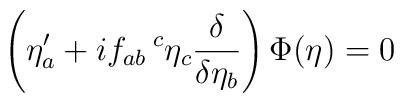
\left(\eta'_a + i f_{ab} \!\! {\phantom \eta}^c \eta_c \frac{\delta}{\delta\eta_b}\right) \Phi(\eta) =0